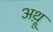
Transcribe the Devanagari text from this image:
अथ़्रू